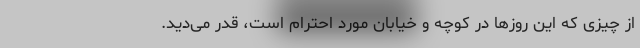
از چیزی که این روزها در کوچه و خیابان مورد احترام است، قدر می‌دید.